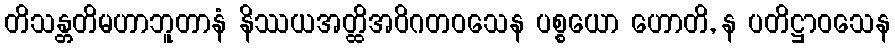
တိသန္တတိမဟာဘူတာနံ နိဿယအတ္ထိအဝိဂတဝသေန ပစ္စယော ဟောတိ, န ပတိဋ္ဌာဝသေန